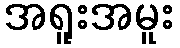
အရူးအမူး